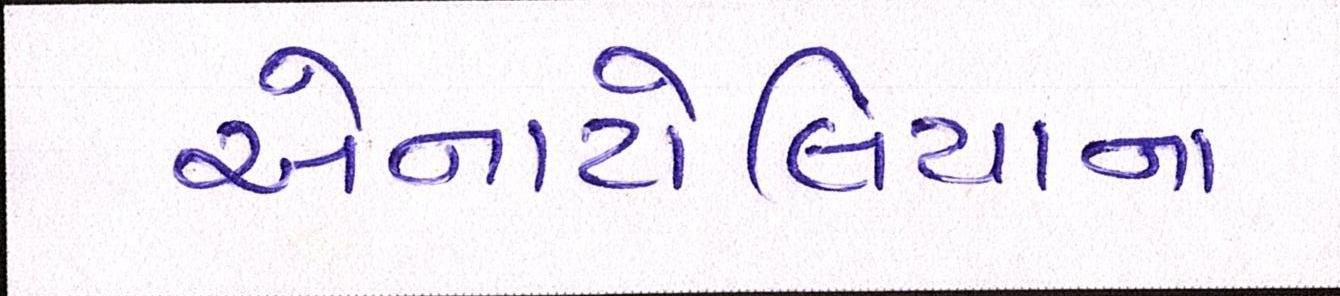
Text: એનાટોલિયાના